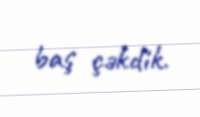
baş çəkdik.